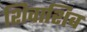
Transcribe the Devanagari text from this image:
शिवाशिव